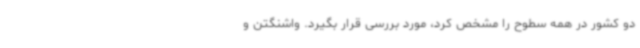
دو کشور در همه سطوح را مشخص کرد، مورد بررسی قرار بگیرد. واشنگتن و